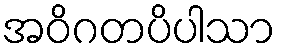
အဝိဂတပိပါသာ